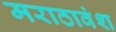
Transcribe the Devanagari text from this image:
मराठावंश